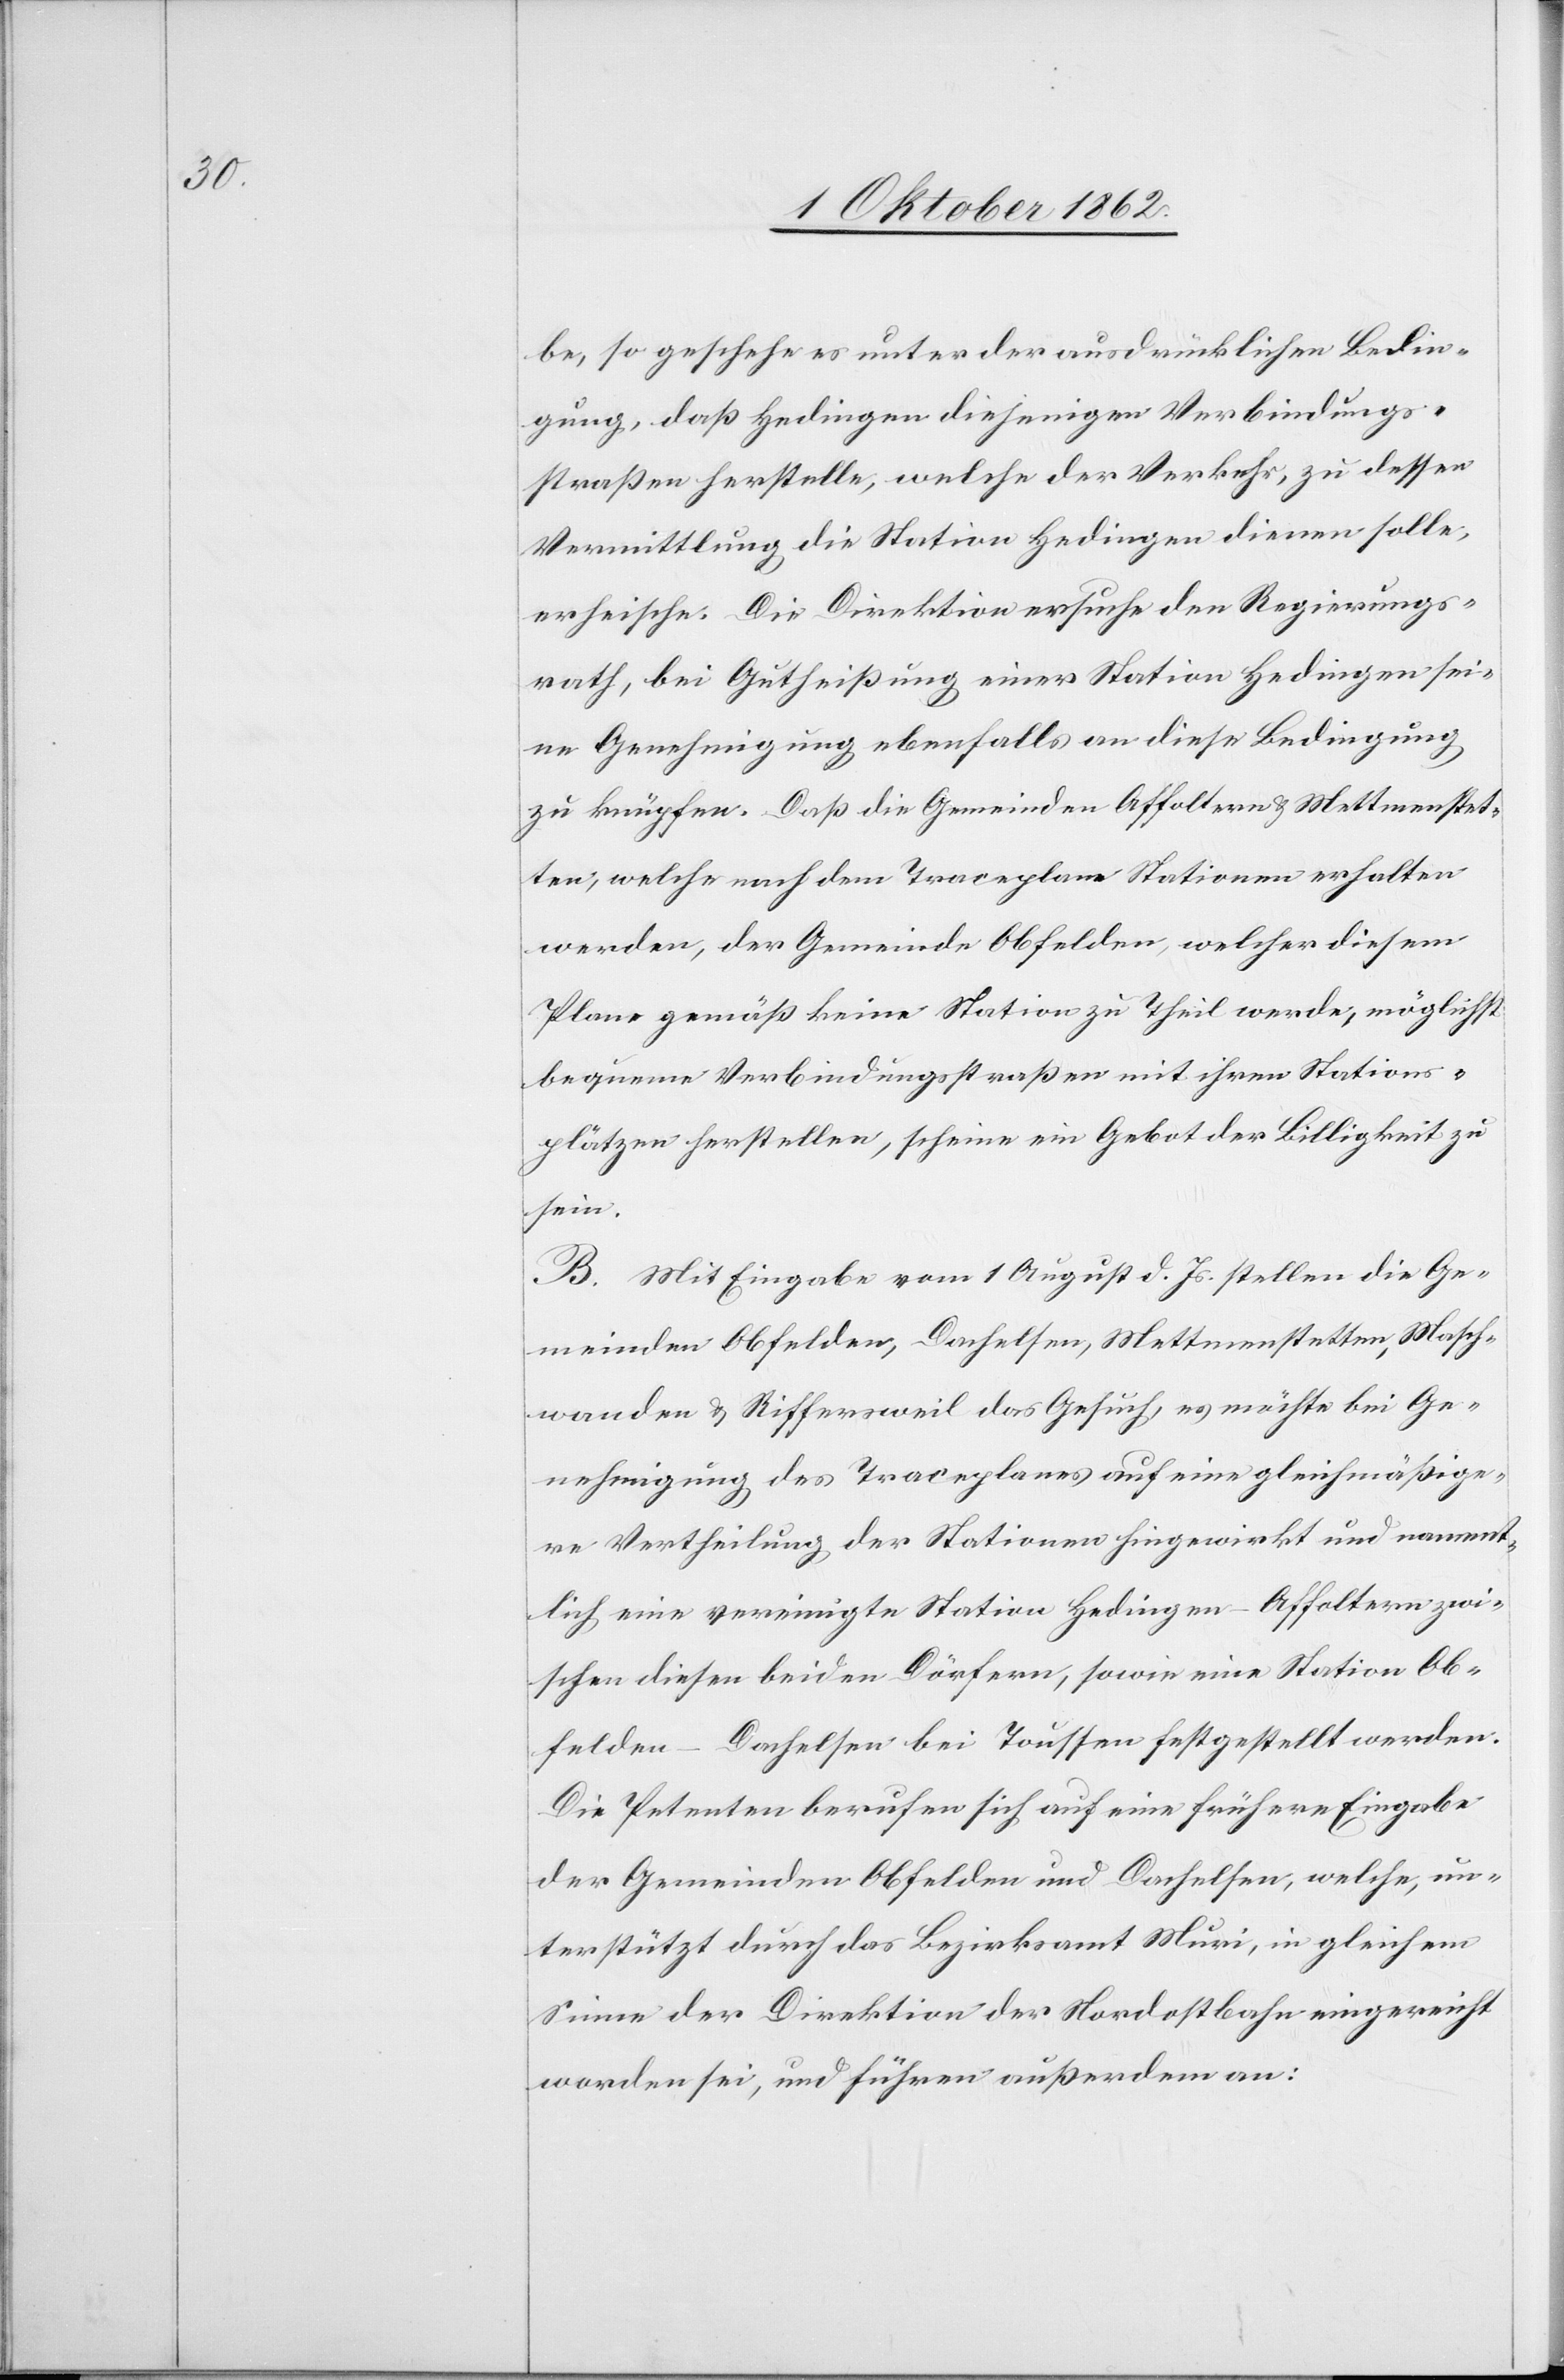
be, so geschehe es unter der ausdrücklichen Bedin¬
gung, daß Hedingen diejenigen Verbindungs¬
straßen erstelle, welche der Verkehr, zu dessen
Vermittlung die Station Hedingen dienen solle,
erheische. Die Direktion ersuche den Regierungs¬
rath, bei Gutheißung einer Station Hedingen sei¬
ne Genehmigung ebenfalls an diese Bedingung
zu knüpfen. Daß die Gemeinde Affoltern u. Mettmenstet¬
ten, welche nach dem Traceplane Stationen erhalten
werden, der Gemeinde Obfelden, welcher diesem
Plane gemäß keine Station zu Theil werde, möglichst
bequeme Verbindungsstraßen mit ihren Stations¬
plätzen herstellen, scheine ein Gebot der Billigkeit zu
B. Mit Eingabe vom 1. August d. Js. stellten die Ge¬
meinden Obfelden, Dachelsen, Mettmenstetten, Masch¬
wanden u. Riffersweil das Gesuch, es möchte bei Ge¬
nehmigung des Traceplanes auf eine gleichmäßige¬
re Vertheilung der Stationen hingewirkt und nament¬
lich eine vereinigte Station Hedingen-Affoltern zwi¬
schen diesen beiden Dörfern, sowie eine Station Ob¬
felden-Dachelsen bei Toussen festgestellt werden.
Die Petenten berufen sich auf eine frühere Eingabe
der Gemeinden Obfelden und Dachelsen, welche, un¬
terstützt durch das Bezirksamt Muri, in gleichem
Sinne der Direktion der Nordostbahn eingereicht
worden sei, und führen außerdem an: